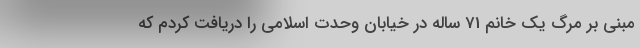
مبنی بر مرگ یک خانم 71 ساله در خیابان وحدت اسلامی را دریافت کردم که